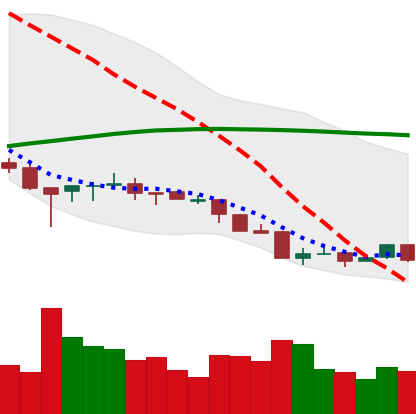
Ticker: ETH-USD
Chart end date: 2018-04-04
Forward return: 4.726%
Label: up_3_5